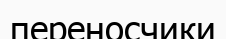
переносчики